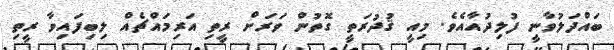
ބައްދަލުވާނީ ފުލިދުއާއެވެ. މިއީ ޤުދުރަތީ ގޮތުން ވަރަށް ރީތި އަރިމައްޗެއް ލިބިފައިވާ ރީތި